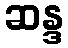
ဆန္ဒ